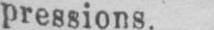
pressions.